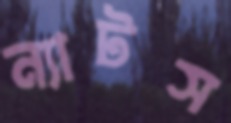
ন্যাটস